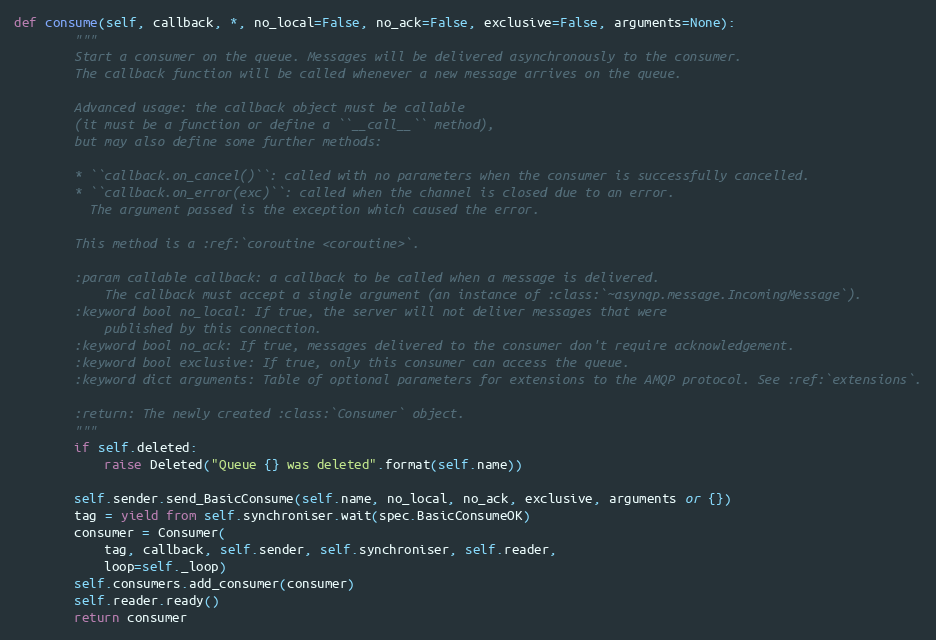
Language: Python
def consume(self, callback, *, no_local=False, no_ack=False, exclusive=False, arguments=None):
        """
        Start a consumer on the queue. Messages will be delivered asynchronously to the consumer.
        The callback function will be called whenever a new message arrives on the queue.

        Advanced usage: the callback object must be callable
        (it must be a function or define a ``__call__`` method),
        but may also define some further methods:

        * ``callback.on_cancel()``: called with no parameters when the consumer is successfully cancelled.
        * ``callback.on_error(exc)``: called when the channel is closed due to an error.
          The argument passed is the exception which caused the error.

        This method is a :ref:`coroutine <coroutine>`.

        :param callable callback: a callback to be called when a message is delivered.
            The callback must accept a single argument (an instance of :class:`~asynqp.message.IncomingMessage`).
        :keyword bool no_local: If true, the server will not deliver messages that were
            published by this connection.
        :keyword bool no_ack: If true, messages delivered to the consumer don't require acknowledgement.
        :keyword bool exclusive: If true, only this consumer can access the queue.
        :keyword dict arguments: Table of optional parameters for extensions to the AMQP protocol. See :ref:`extensions`.

        :return: The newly created :class:`Consumer` object.
        """
        if self.deleted:
            raise Deleted("Queue {} was deleted".format(self.name))

        self.sender.send_BasicConsume(self.name, no_local, no_ack, exclusive, arguments or {})
        tag = yield from self.synchroniser.wait(spec.BasicConsumeOK)
        consumer = Consumer(
            tag, callback, self.sender, self.synchroniser, self.reader,
            loop=self._loop)
        self.consumers.add_consumer(consumer)
        self.reader.ready()
        return consumer